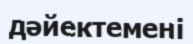
дәйектемені